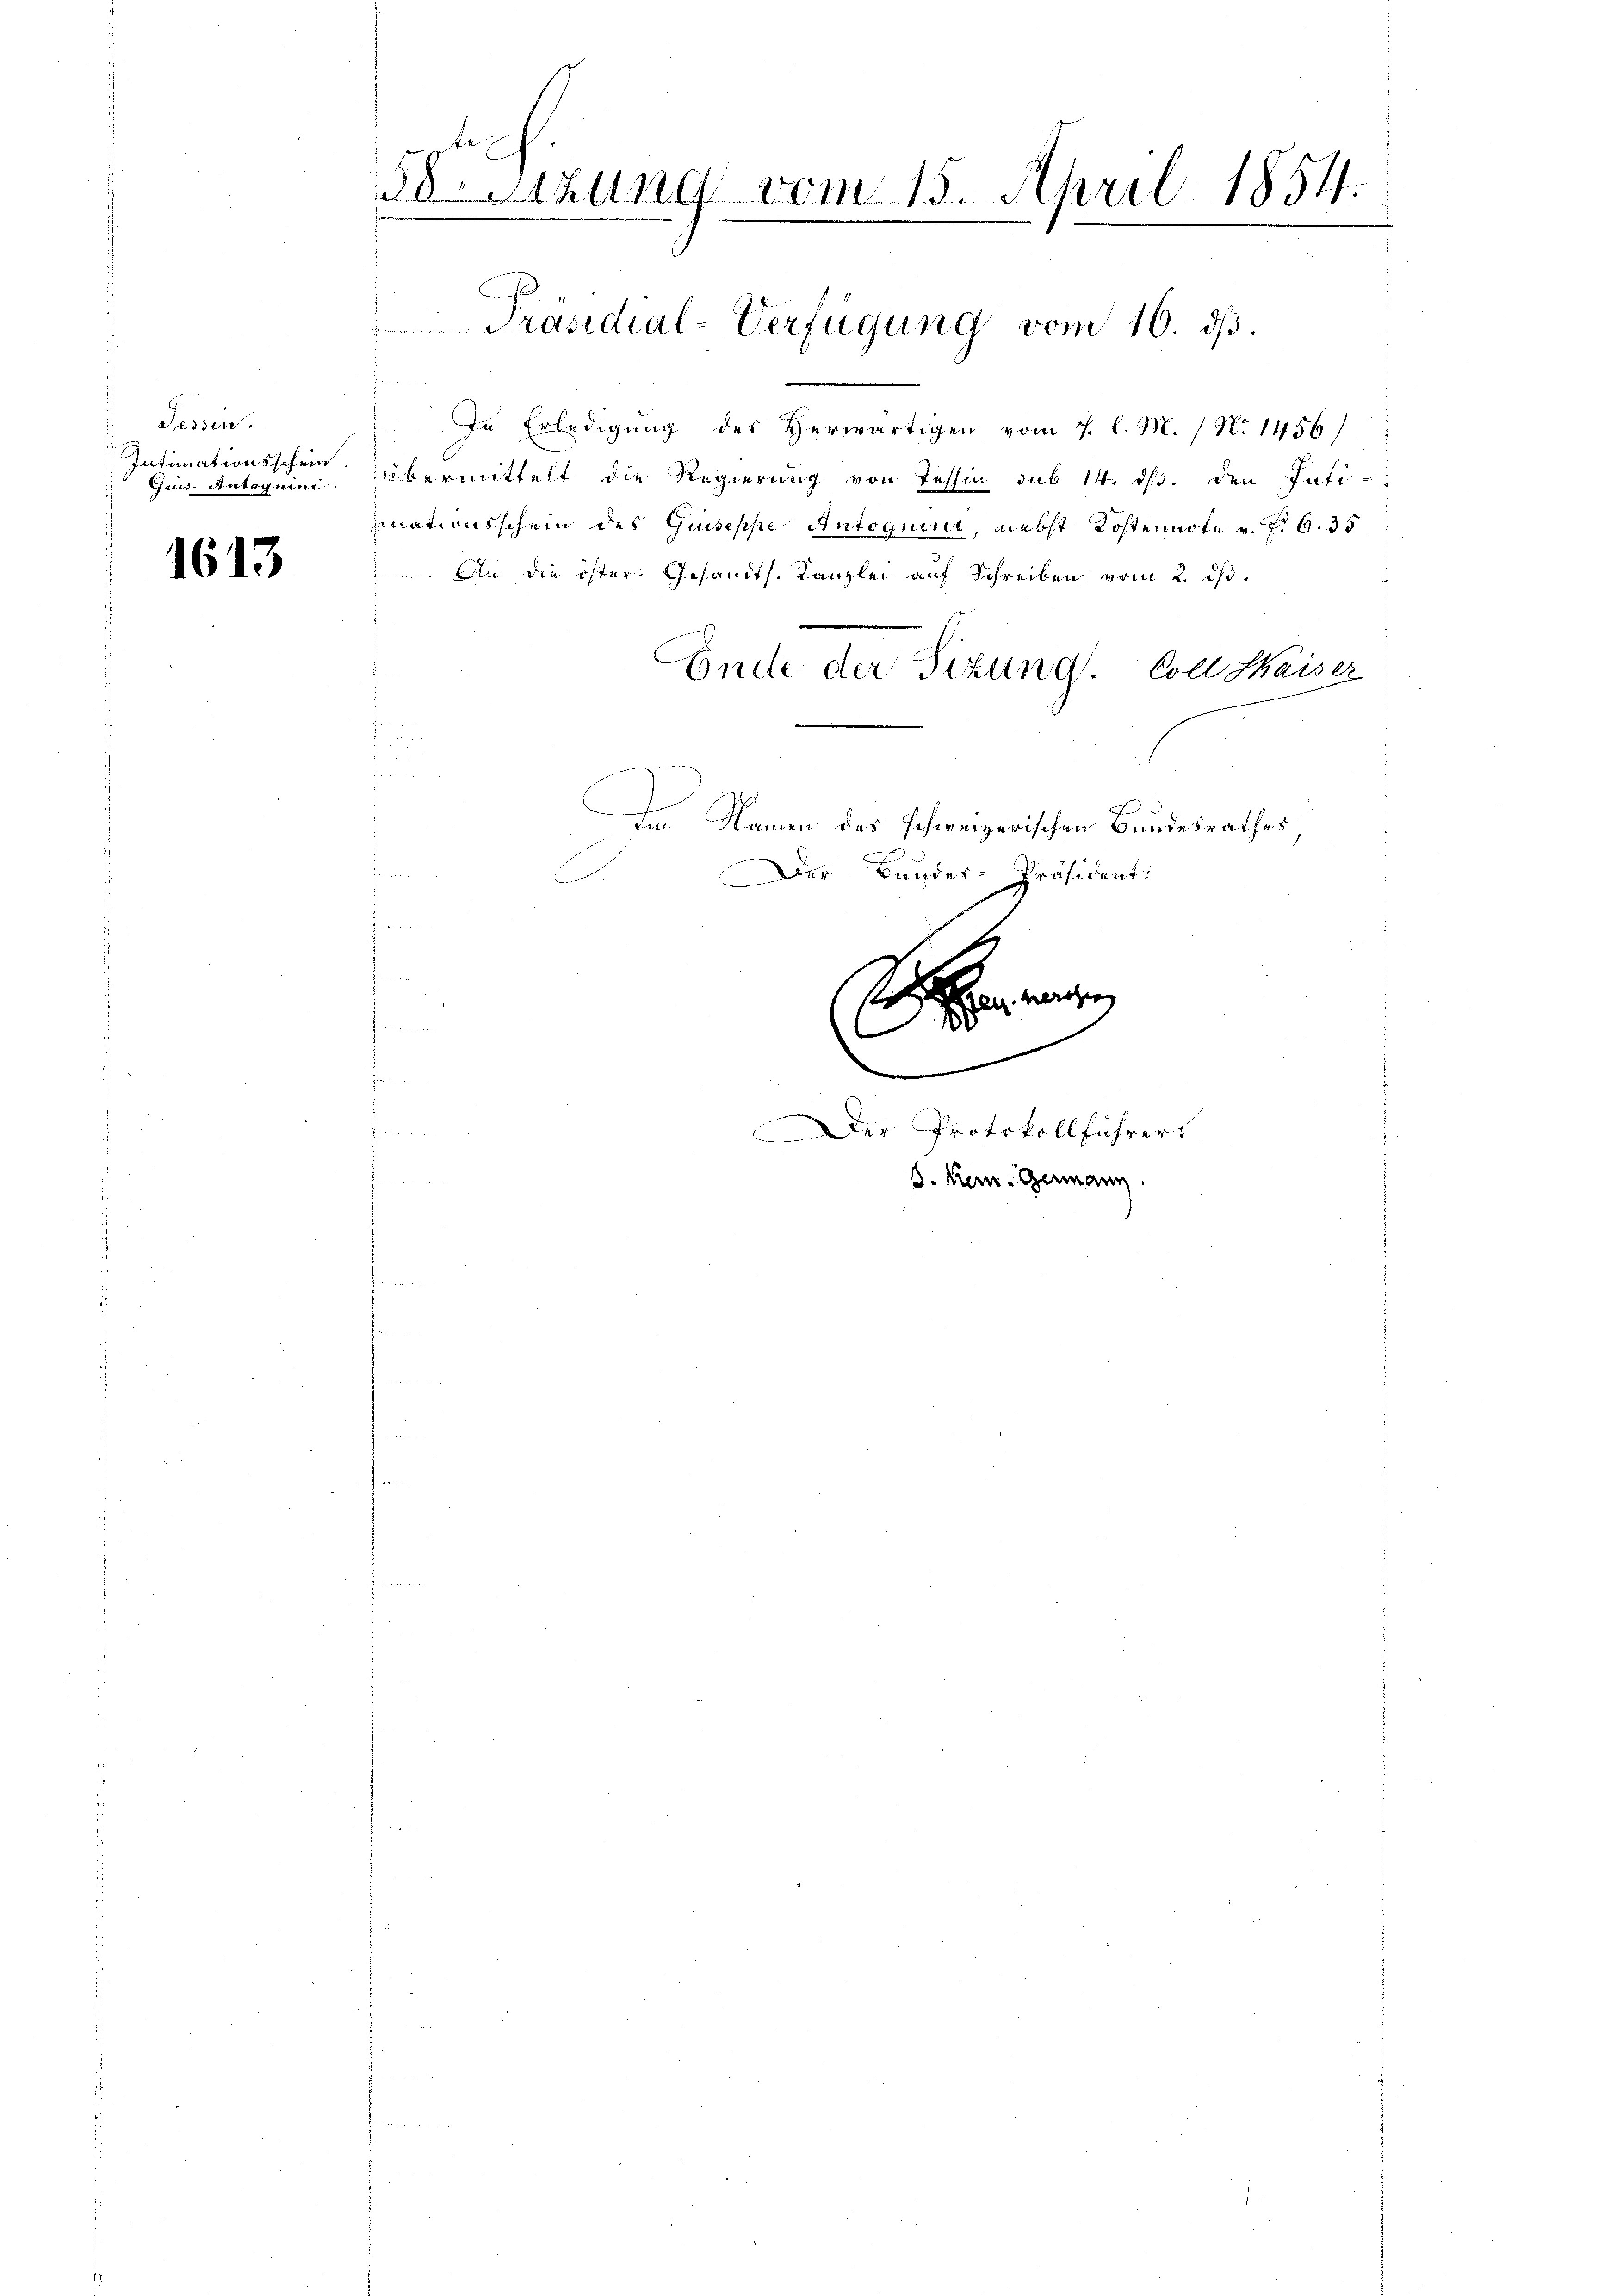
Tessin.
Intimationsschein.
Geus. Antoguine

1613

3o Sitzung vom 15. April 1854.
.

In Erledigung des Herwärtigen vom 7. l. M. / No 1456)
übermittelt die Regierŭng von Tessin sub 14. dβ. den Inti-
mnationsschein des Guseppe Antoquint, nebst Kostennote v. f. 6. 35
Aln die öster. Gesandts. Kanzlei auf Schreiben vom 2. ds.
Ende der Sizung. Coll Kaiser
3
A Namen des schweizerischen Bundesrathes
Der Bundes-Präsident:
M.
hen manchen,
|

Präsidial-Verfügung vom 16. ds.

.

Der Protokollführer.

s. kein Germann.